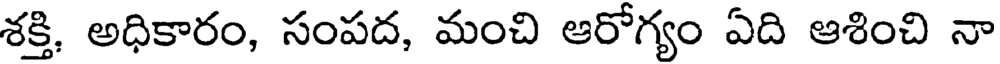
శక్తి, అధికారం, సంపద, మంచి ఆరోగ్యం ఏది ఆశించి నా